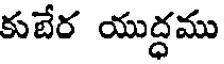
కుబేర యుద్ధము